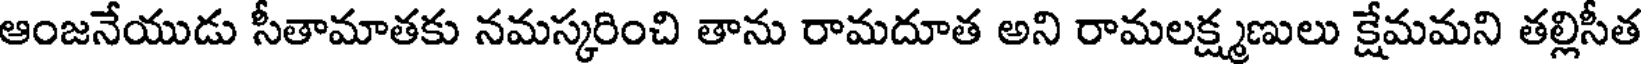
ఆంజనేయుడు సీతామాతకు నమస్కరించి తాను రామదూత అని రామలక్ష్మణులు క్షేమమని తల్లిసీత